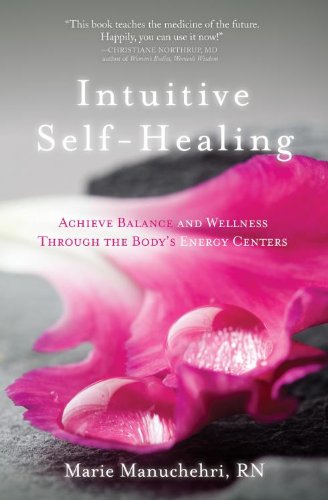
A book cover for Intuitive Self-Healing: Achieve Balance and Wellness Through the Body's Energy Centers; Marie Manuchehri; Health, Fitness & Dieting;